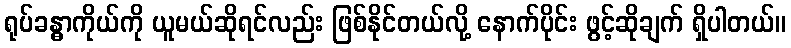
ရုပ်ခန္ဓာကိုယ်ကို ယူမယ်ဆိုရင်လည်း ဖြစ်နိုင်တယ်လို့ နောက်ပိုင်း ဖွင့်ဆိုချက် ရှိပါတယ်။